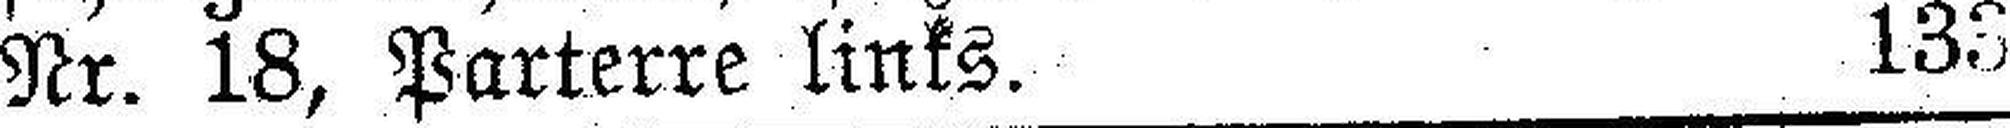
Nr. 18, Parterre links. 133